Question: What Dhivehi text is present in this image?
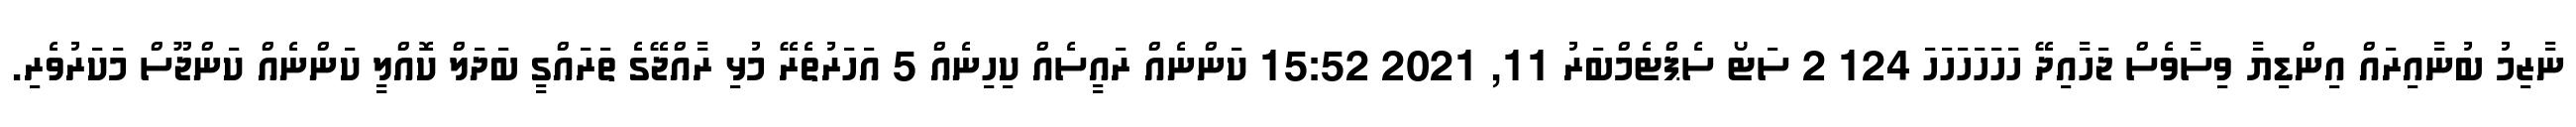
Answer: ނާޒިމު ބުނާއިރައް އިންޑިޔާ ވިސާވެސް ޖަހާއިދޭ ހަހަހަހަހަހަ 124 2 ސަޓޯ ސެޕްޓެމްބަރު 11, 2021 15:52 ކަންނެއް ރައީސެއް ކިހިނެއް 5 އަހަރުތެރޭ މުޅި ރާއްޖޭގެ ތަރައްގީ ބަދަލް ކޮއްލީ ކަންނެއް ކަންޖޫސް މަކަރުވެރި.